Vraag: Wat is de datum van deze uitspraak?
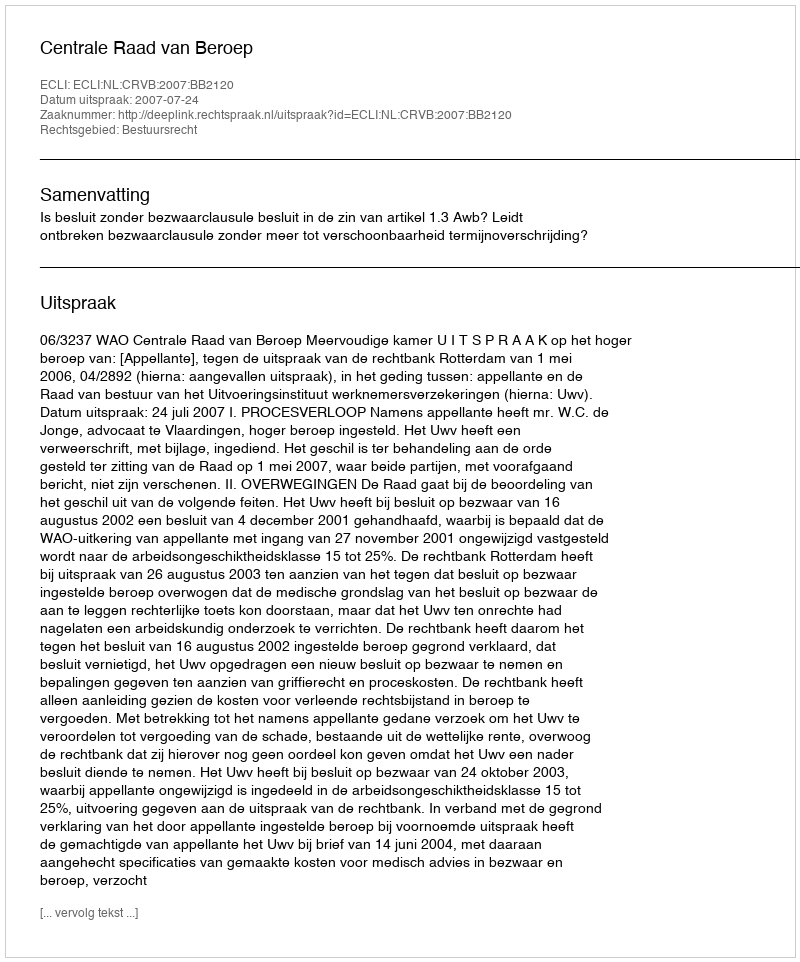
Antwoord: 2007-07-24